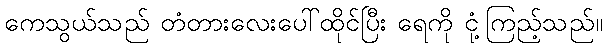
ကေသွယ်သည် တံတားလေးပေါ်ထိုင်ပြီး ရေကို ငုံ့ကြည့်သည်။